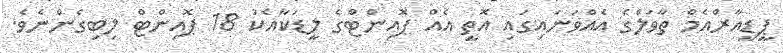
ޕީޑީއާރްއެމް ތާވަލްގެ އެއްވަނައިގައި އޮތީ އެއް ޕޮއިންޓްގެ ލީޑަކާއެކު 18 ޕޮއިންޓް ލިބިގެންނެވެ.